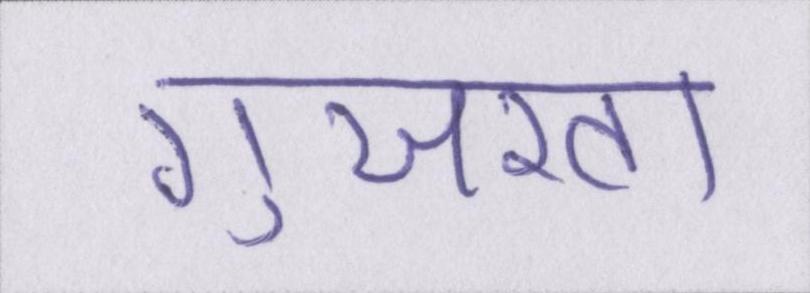
गुजरता